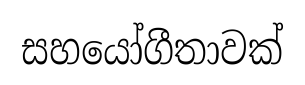
සහයෝගීතාවක්